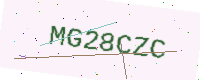
Text: MG28CZC